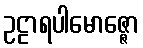
ဥဠာရပါမောဇ္ဇော